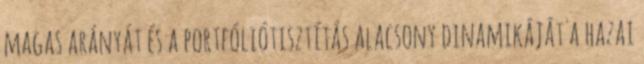
magas arányát és a portfóliótisztítás alacsony dinamikáját a hazai